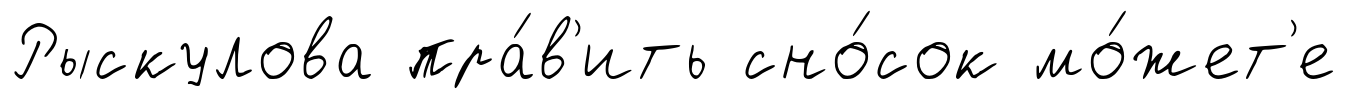
Рыскулова пра́в'ить сно́сок мо́жет'е